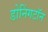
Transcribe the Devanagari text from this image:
डोनिंगटॉन